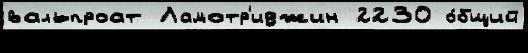
вальпроат Ламотр'иджин 2230 о́бщий